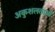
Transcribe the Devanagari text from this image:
अकुशलताओं